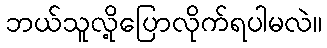
ဘယ်သူလို့ပြောလိုက်ရပါမလဲ။